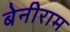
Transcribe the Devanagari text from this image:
बेनीराम